Lunatic asylums Madras 1877-1891 - 1877-1891
Year: 1877
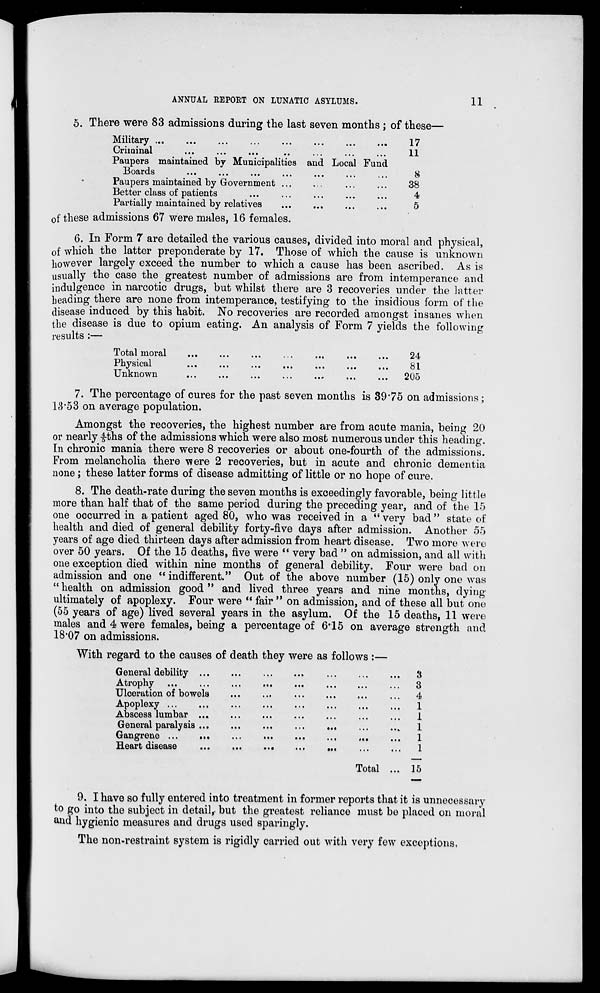
11
ANNUAL REPORT ON LUNATIC ASYLUMS.
5. There were 83 admissions during the last seven months; of these—
Military ... ... ... ... ... ... ... ...
Criminal ... ... ... ... ... ... ... ...
Paupers maintained by Municipalities and Local Fund
Boards
...
...
...
...
...
...
...
Paupers maintained by Government ... ... ... ...
Better class of patients
...
...
...
...
...
Partially maintained by relatives
...
...
...
...
17
11
8
38
4
5
of these admissions 67 were males, 16 females.
6. In Form 7 are detailed the various causes, divided into moral and physical,
of which the latter preponderate by 17. Those of which the cause is unknown
however largely exceed the number to which a cause has been ascribed. As is
usually the case the greatest number of admissions are from intemperance and
indulgence in narcotic drugs, but whilst there are 3 recoveries under the latter
heading there are none from intemperance, testifying to the insidious form of the
disease induced by this habit. No recoveries are recorded amongst insanes when
the disease is due to opium eating. An analysis of Form 7 yields the following
results :—
Total moral
...
...
...
...
...
...
...
Physical
...
...
...
...
...
...
...
Unknown
... ... ... ... ... ... ...
24
81
205
7. The percentage of cures for the past seven months is 39.75 on admissions;
13.53 on average population.
Amongst the recoveries, the highest number are from acute mania, being 20
or nearly 4/5ths of the admissions which were also most numerous under this heading.
In chronic mania there were 8 recoveries or about one-fourth of the admissions.
From melancholia there were 2 recoveries, but in acute and chronic dementia
none; these latter forms of disease admitting of little or no hope of cure.
8. The death-rate during the seven months is exceedingly favorable, being little
more than half that of the same period during the preceding year, and of the 15
one occurred in a patient aged 80, who was received in a "very bad "state of
health and died of general debility forty-five days after admission. Another 55
years of age died thirteen days after admission from heart disease. Two more were
over 50 years. Of the 15 deaths, five were "very bad" on admission, and all with
one exception died within nine months of general debility. Four were bad on
admission and one "indifferent." Out of the above number (15) only one was
"health on admission good "and lived three years and nine months, dying
ultimately of apoplexy. Four were "fair" on admission, and of these all but one
(55 years of age) lived several years in the asylum. Of the 15 deaths, 11 were
males and 4 were females, being a percentage of 6.15 on average strength and
18.07 on admissions.
With regard to the causes of death they were as follows :—
General debility
...
...
...
...
...
...
...
Atrophy ... ... ... ... ... ... ...
Ulceration of bowels ... ... ... ... ... ... ...
Apoplexy ... ... ... ... ... ... ...
Abscess lumbar ... ... ... ... ... ... ...
General paralysis
...
...
...
...
...
...
...
Gangrene ... ... ... ... ... ... ...
Heart disease ... ... ... ... ... ... ...
Total ...
3
3
4
1
1
1
1
1
15
9. I have so fully entered into treatment in former reports that it is unnecessary
to go into the subject in detail, but the greatest reliance must be placed on moral
and hygienic measures and drugs used sparingly.
The non-restraint system is rigidly carried out with very few exceptions,